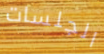
الجلسات